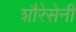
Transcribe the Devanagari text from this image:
शौरेसेनी